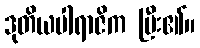
ဒုတိယပါရာဇိက ပြီး၏။